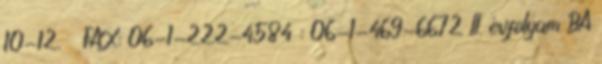
10-12. FAX: 06-1-222-4584 : 06-1-469-6672 II. évfolyam BA